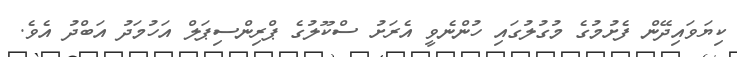
ކިޔަވައިދޭން ފެށުމުގެ މުގުލުގައި ހުންނެވީ އެރަށު ސްކޫލުގެ ޕްރިންސިޕަލް އަހުމަދު އަބްދު އެވެ.